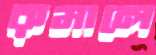
রুমালে